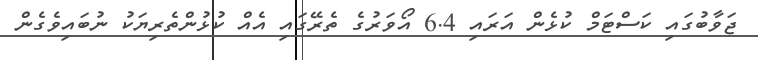
ޖަވާބުގައި ކަސްޓަމް ކުޅެން އަރައި 6.4 އޯވަރުގެ ތެރޭގައި އެއް ކުޅުންތެރިޔަކު ނުބައިވެގެން